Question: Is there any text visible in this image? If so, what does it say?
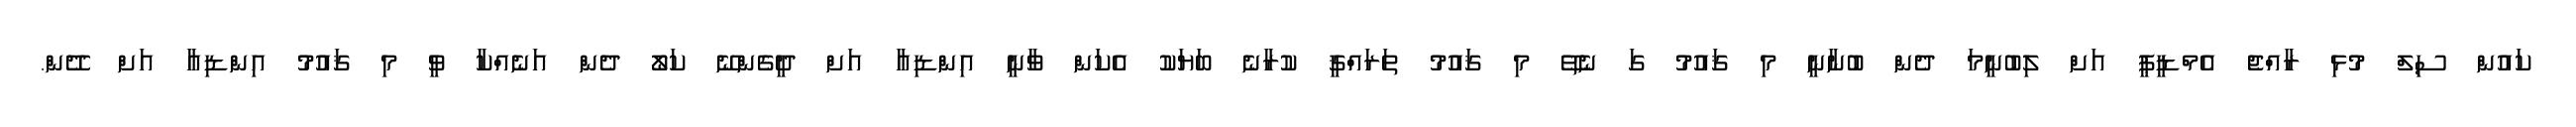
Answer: ކައުން ސިލް މުޅި ރާއްޖެ އެމްޑީޕީ އަށް ލިބުނީމަ ދެން ބުނާނީ މި ޤައުމު ގަ ނެތޭ މި ޤައުމު ތަރައްޤީ ކުރާނެ ބަޔަކު އެކަން ވާނީ އިންޑިއާ އަށް ދީގެންނޭ ކަލޯ ދެން އަނެއްކާ ވީ މި ޤައުމު އިންޑިއާ އަށް ދޭން.